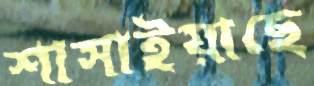
শাসাইয়াছে